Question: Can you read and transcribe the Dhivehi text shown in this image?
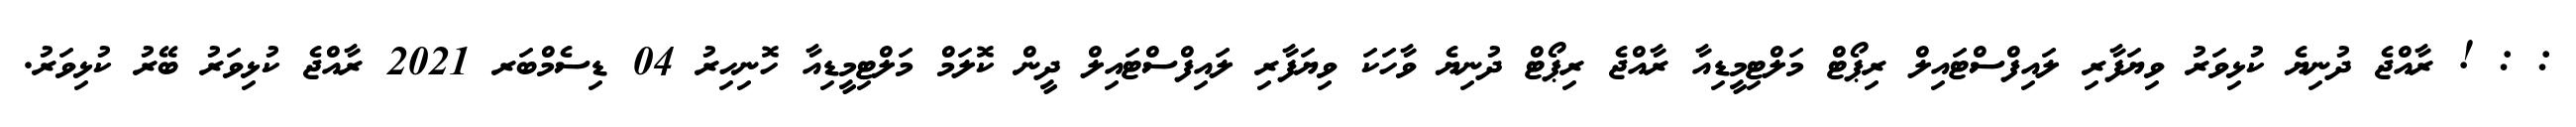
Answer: : : ! ރާއްޖެ ދުނިޔެ ކުޅިވަރު ވިޔަފާރި ލައިފްސްޓައިލް ރިޕޯޓް މަލްޓިމީޑިއާ ރާއްޖެ ރިޕޯޓް ދުނިޔެ ވާހަކަ ވިޔަފާރި ލައިފްސްޓައިލް ދީން ކޮލަމް މަލްޓިމީޑިއާ ހޮނިހިރު 04 ޑިސެމްބަރ 2021 ރާއްޖެ ކުޅިވަރު ބޭރު ކުޅިވަރު.